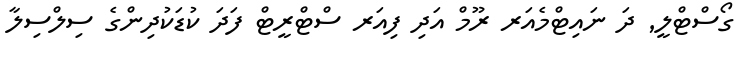
ގޯސްޓްލީ